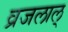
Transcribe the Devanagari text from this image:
व्रजलाल्